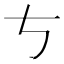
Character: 𠀁